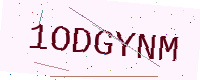
Text: 1ODGYNM